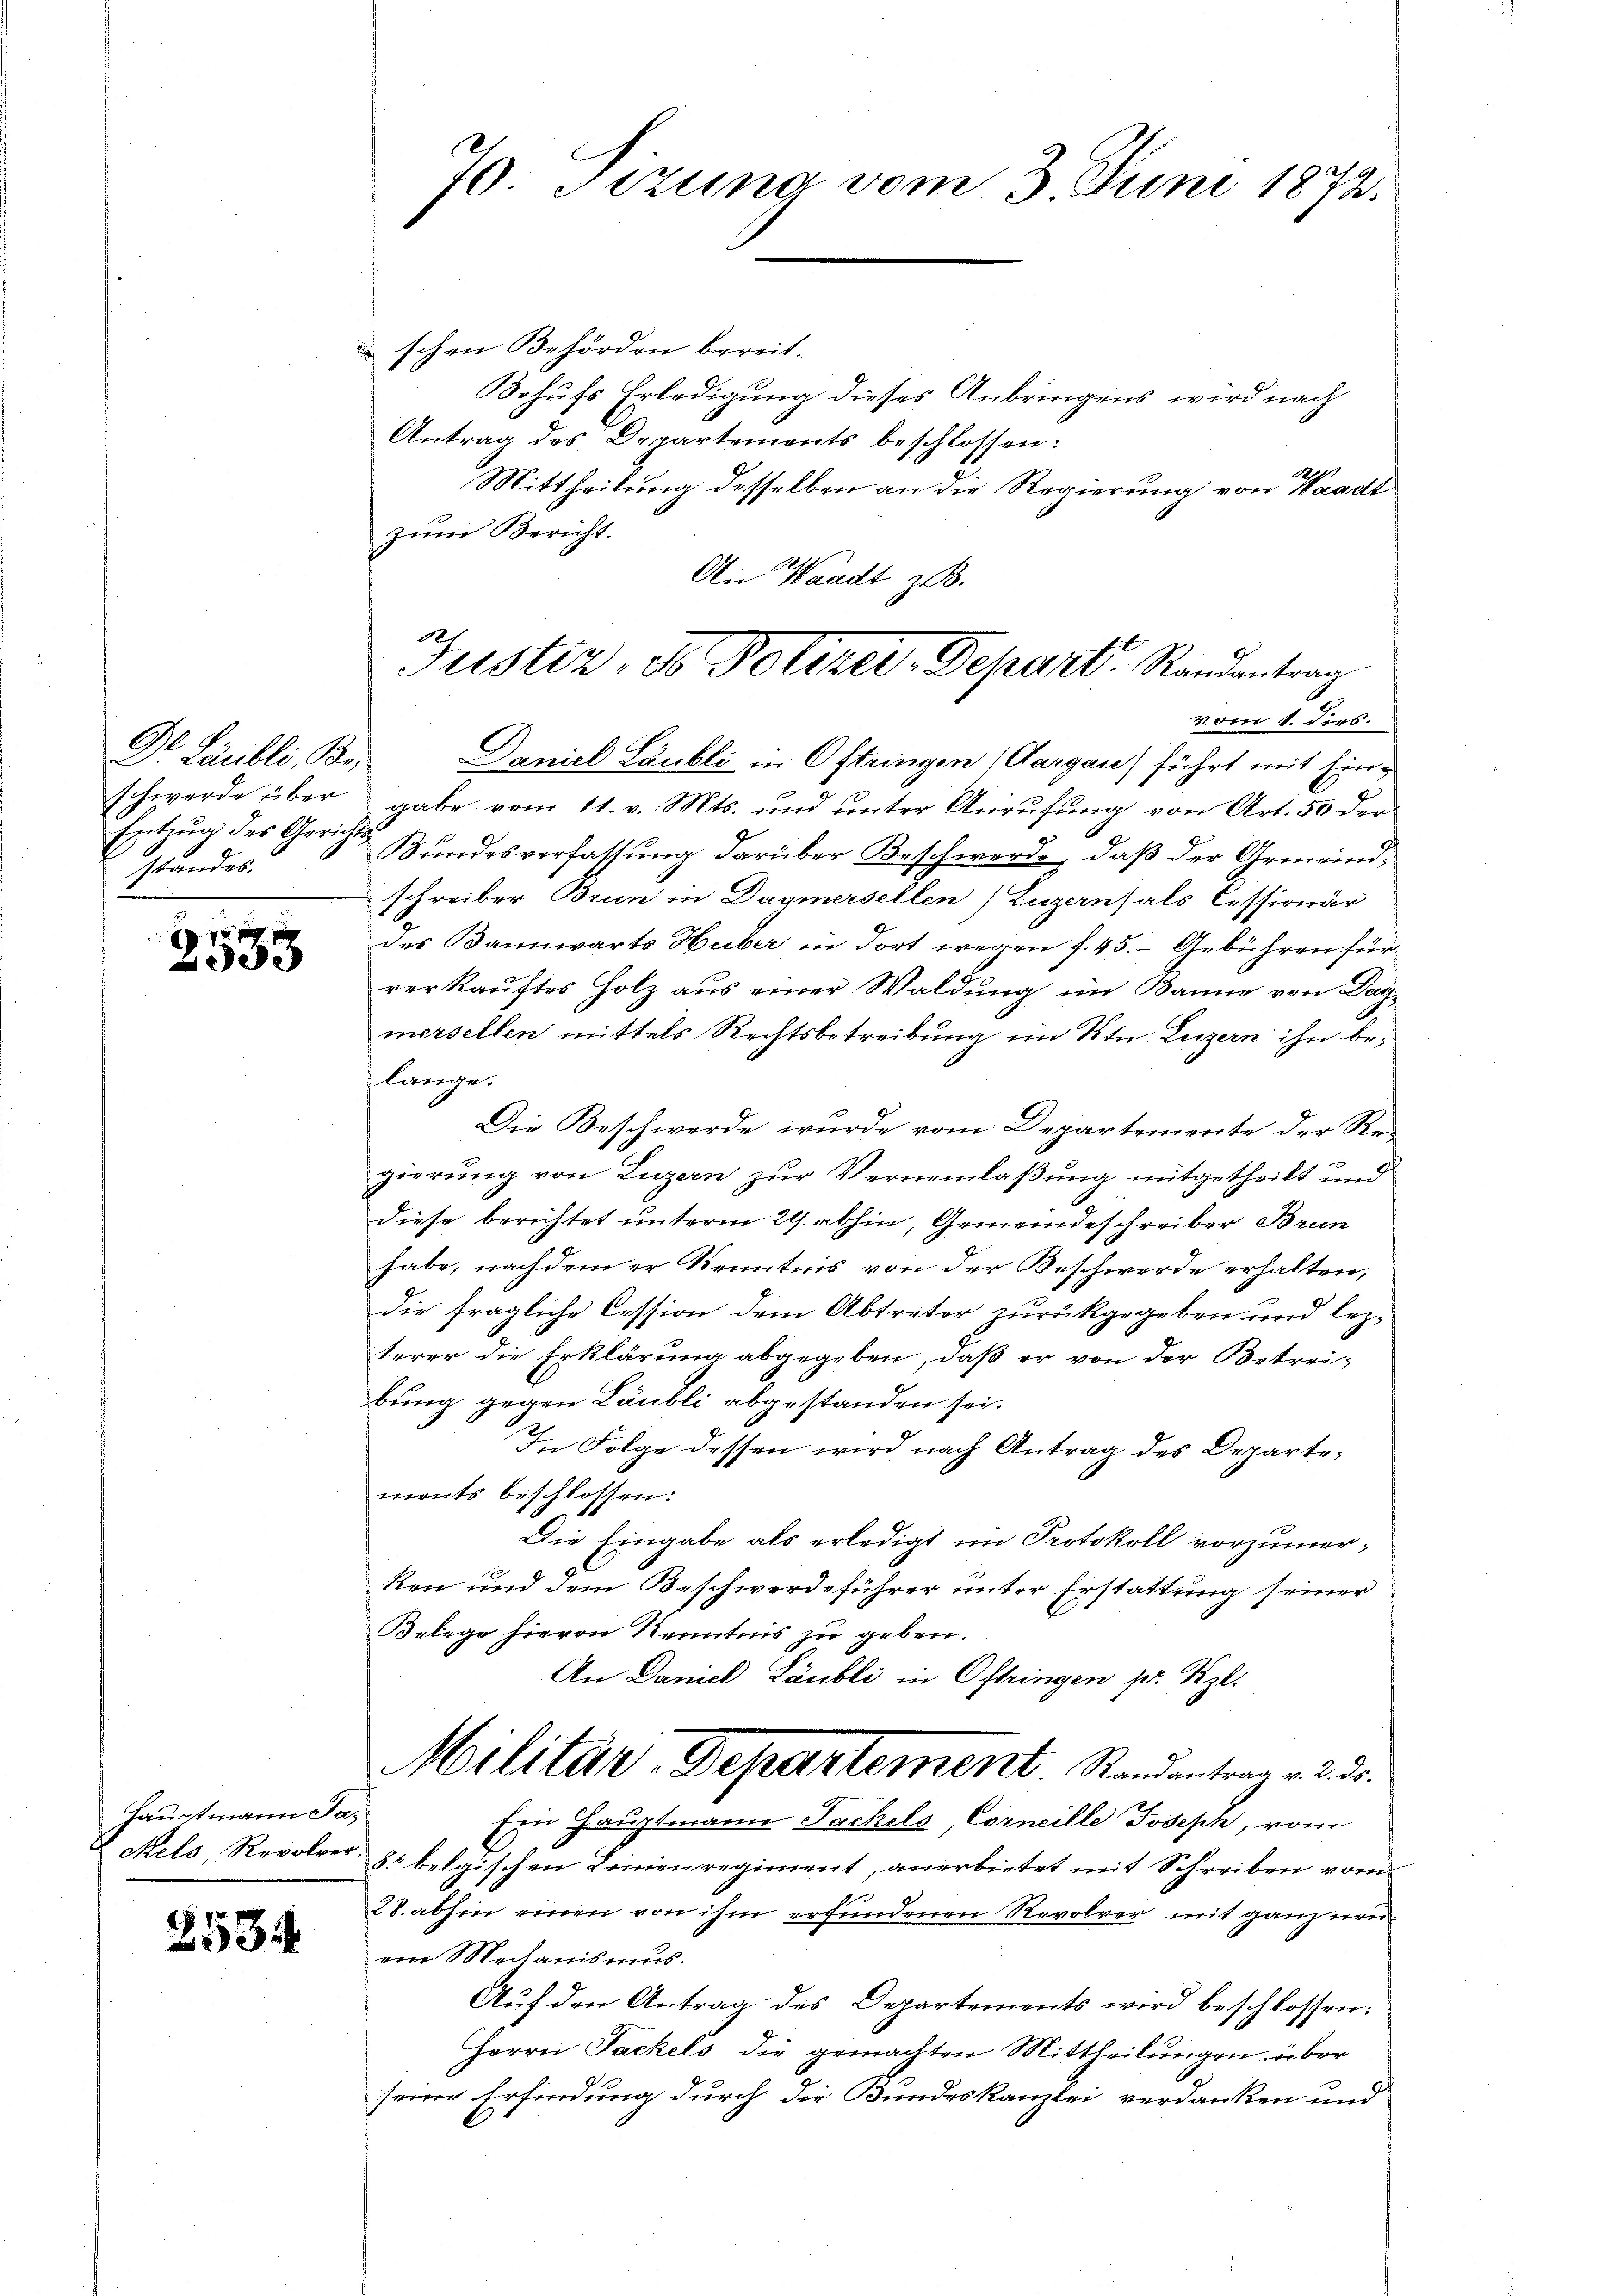
Dr. Läubli, Br
schwerde über
Entzug des Gerichts
standes.

10 x
353

Hauptmann Ja¬

2534

70. Sizung vom 3. Juni 1872.

schen Behörden bereit.
Bohufs Erledigung dieses Anbringens wird nach
Antrag des Departements beschlossen:
Mittheilung desselben an die Regierung von Waadt
zŭm Bericht.
An Waadt z. B.
vom 1. ders.
Daniel Läubli in Oftringen (Aargau) führt mit Eingabe vom 11. v. Mts. und unter Anrufung von Art. 50 der
Bundesverfassung darüber Beschwerde, daß der Gemeindschreiber Brun in Dagmersellen) Luzerns als Cessionär
des Bannwarts Huber in dort wegen f. 45. Gebühren für
verkauftes Holz aus einer Waldung im Bannie von Dach
mersellen mittels Rechtsbetreibung im Kt. Luzern ihn bei
lange.
Die Beschwerde wurde vom Departemente der Regierung von Luzern zur Verneinlaßung mitgetheilt und
diese berichtet unterm 29. abhin, Gemeindeschreiber Brun
habe, nachdem er Kenntnis von der Beschwerde erhalten,
die fragliche Cession dem Abtreter zurückgegeben und lezterer die Erklärung abgegeben, daß er von der Betreibung gegen Läubli abgestanden sei.
In Folge dessen wird nach Antrag des Departements beschlossen:
Die Eingabe als erledigt im Protokoll vorzumerken und dem Beschwerdeführer unter Erstattung seiner
Belege hievon Kenntnis zu geben.
An Daniel Läubli in Oftringen pr. Kzl.
Militär-Departement. Randantrag v. 2. ds.
Ein Hauptmann Sachels, Corneille Joseph, vom
ckels, Revolver 8. belgischen Linienregiment, anerbietet mit Schreiben vom
28. abhin einen von ihm erfundenen Revolver mit ganz nen
ein Mechanismus.
Auf den Antrag des Departements wird beschlossen:
Herrn Jackels die gemachten Mittheilungen über
seine Erfindung durch die Bundeskanzlei verdanken und

Justiz, ds Polizei-Depart Randantrag